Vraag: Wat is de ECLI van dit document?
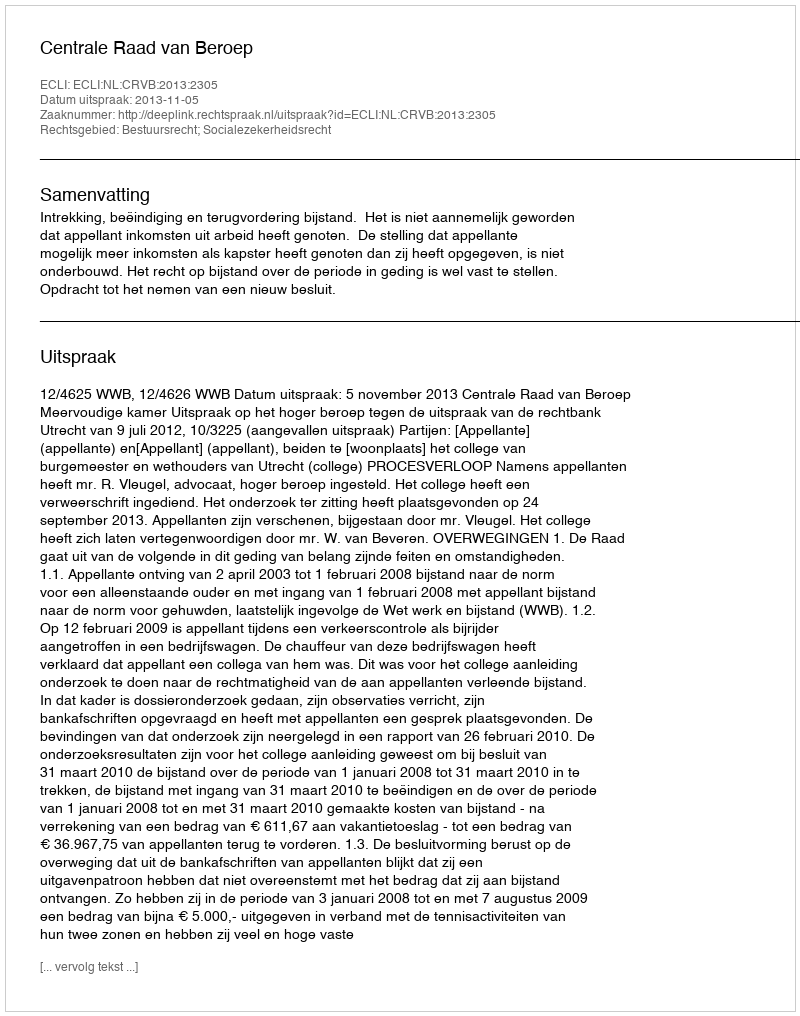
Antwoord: ECLI:NL:CRVB:2013:2305